Vaccination Hyderabad 1872-1889 - 1872-1889
Year: 1872
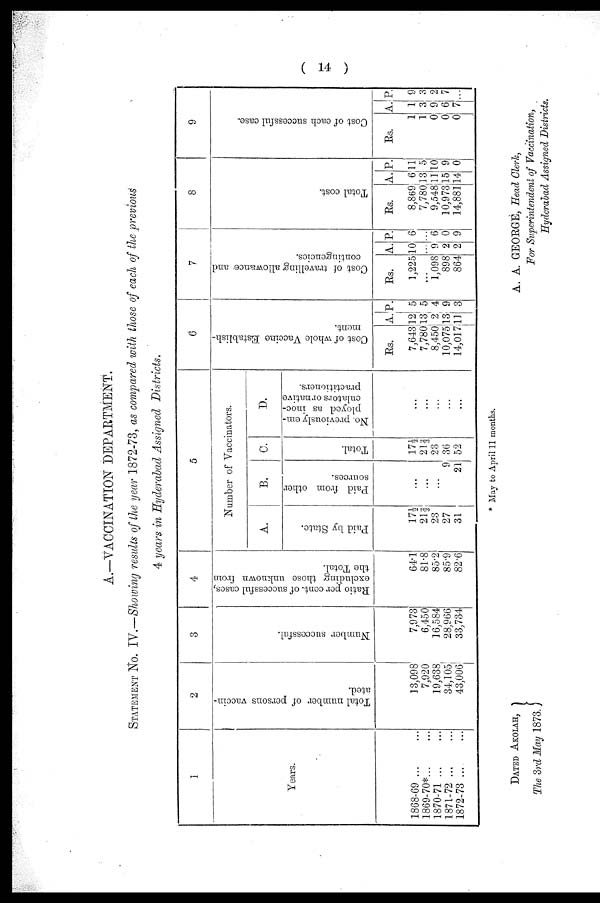
( 14 )
A.—VACCINATION DEPARTMENT.
STATEMENT No. IV.—Showing results of the year 1872-73, as compared with those of each of the previous
4 years in Hyderabad Assigned Districts.
1
Years.
1868-69 ... ...
1869-70*
1870-71
1871-72
1872-73 ...
2
Total number of persons vaccin-
ated.
13,098
7,920
19,638
34,105
43,006
3
Number successful.
7,973
6,450
16,584
28,966
33,734
4
Ratio per cent. of successful cases,
excluding those unknown from
the Total.
64.1
81.8
85.2
85.9
82.6
5
Number of Vaccinators.
A.
Paid by State.
17½
21 2/3
23
27
31
B.
Paid from other
sources.
...
...
9
21
C.
Total.
17½
21 2/3
23
36
52
D.
No. previously em-
ployed as inoc¬
culators or native
practitioners.
...
...
...
...
...
6
Cost of whole Vaccine Establish-
ment.
Rs.
7,643
7,780
8,450
10,075
14,017
A.
12
13
2
13
11
P.
5
5
4
9
3
7
Cost of travelling allowance and
contingencies.
Rs.
1,225
...
1,098
898
864
A.
10
...
9
2
2
P.
6
...
6
0
9
8
Total cost.
Rs.
8,869
7,780
9,548
10,973
14,881
A.
6
13
11
15
14
P.
11
5
10
9
0
9
Cost of each successful case.
Rs.
1
1
0
0
0
A.
1
3
9
6
7
P.
9
3
2
7
...
* May to April 11 months.
A. A GEORGE, Head Clerk,
For Superintendent of Vaccination,
Hyderabad Assigned Districts.
DATED AKOLAH,
The 3rd May 1873.